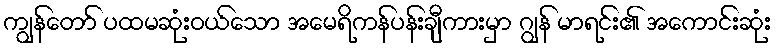
ကျွန်တော် ပထမဆုံးဝယ်သော အမေရိကန်ပန်းချီကားမှာ ဂျွန် မာရင်း၏ အကောင်းဆုံး